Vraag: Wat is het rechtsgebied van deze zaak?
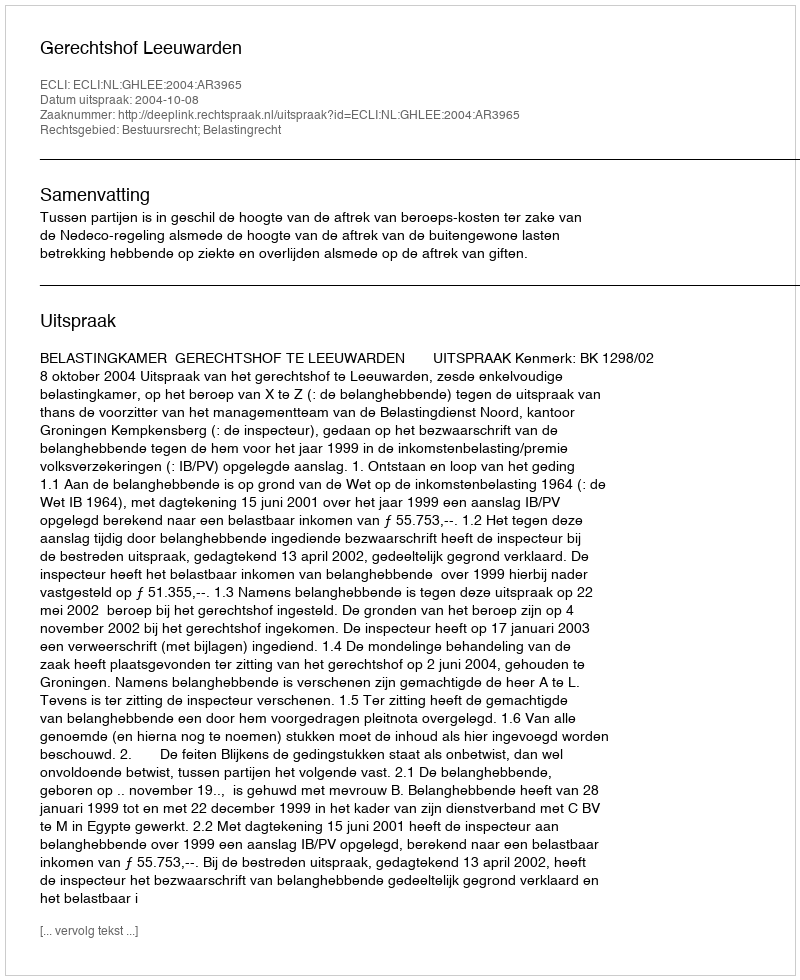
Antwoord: Bestuursrecht; Belastingrecht